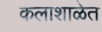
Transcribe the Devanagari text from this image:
कलाशाळेत